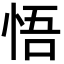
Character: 悟